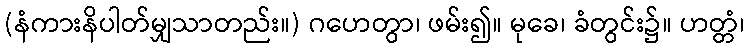
(နံကားနိပါတ်မျှသာတည်း။) ဂဟေတွာ၊ ဖမ်း၍။ မုခေ၊ ခံတွင်း၌။ ဟတ္တံ၊